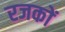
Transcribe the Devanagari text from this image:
रजकों